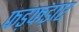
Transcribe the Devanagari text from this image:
फड़फड़ाए